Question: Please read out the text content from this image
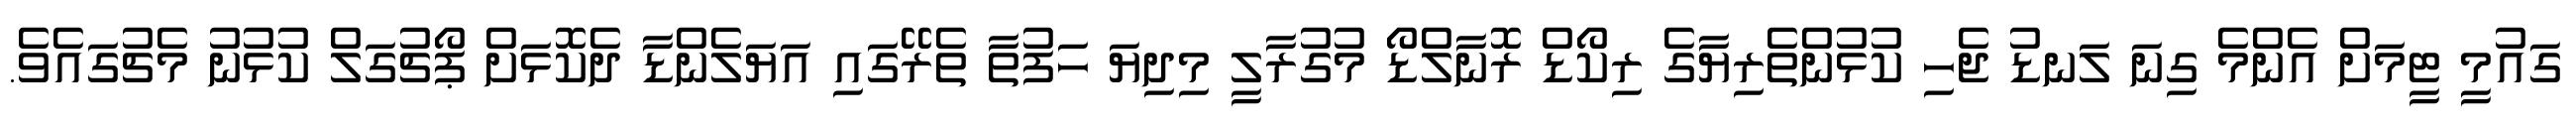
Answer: ގައުމީ ޓީމަށް އެންމެ ގިނަ ލަނޑު ޖެހި ކުޅުންތެރިޔާގެ ރިކޯޑް ރޮނާލްޑޯ މުގުރާލީ މިދިޔަ ހަފުތާ ތެރޭގައި އަޔަލެންޑާ ދެކޮޅަށް ޕޯޗުގަލް ކުޅުނު މެޗުގައެވެ.